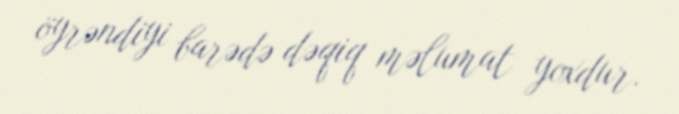
öyrəndiyi barədə dəqiq məlumat yoxdur.